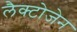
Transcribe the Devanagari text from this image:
लैक्टोजेन